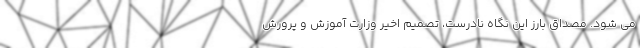
می شود. مصداق بارز این نگاه نادرست، تصمیم اخیر وزارت آموزش و پرورش